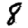
Digit: 8